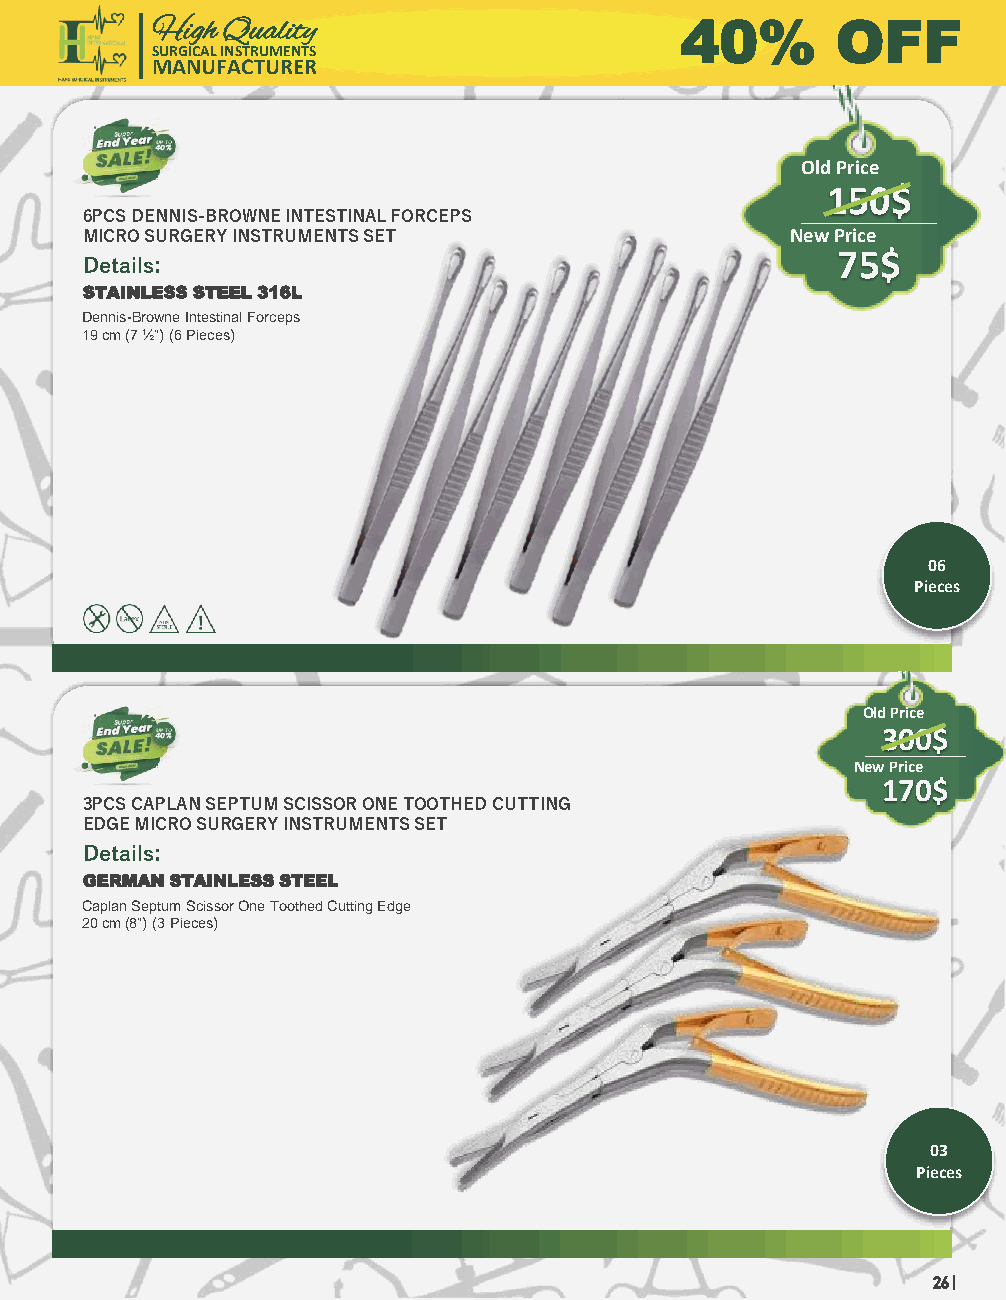
High Quality                       40%       OFF
 SURGICAL INSTRUMENTS
 MANUFACTURER
 Old Price
 150$
 6PCS DENNIS-BROWNE INTESTINAL FORCEPS
 MICRO SURGERY INSTRUMENTS SET                  New Price
 Details:                                          75$
 STAINLESS STEEL 316L
 Dennis-Browne Intestinal Forceps
 19 cm (7 ½”) (6 Pieces)
 06
 Pieces
 Old Price
 300$
 New Price
 170$
 3PCS CAPLAN SEPTUM SCISSOR ONE TOOTHED CUTTING
 EDGE MICRO SURGERY INSTRUMENTS SET
 Details:
 GERMAN STAINLESS STEEL
 Caplan Septum Scissor One Toothed Cutting Edge
 20 cm (8”) (3 Pieces)
 03
 Pieces
 26 |